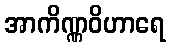
အာကိဏ္ဏဝိဟာရေ